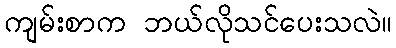
ကျမ်းစာက ဘယ်လိုသင်ပေးသလဲ။